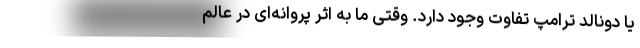
یا دونالد ترامپ تفاوت وجود دارد. وقتی ما به اثر پروانه‌ای در عالم